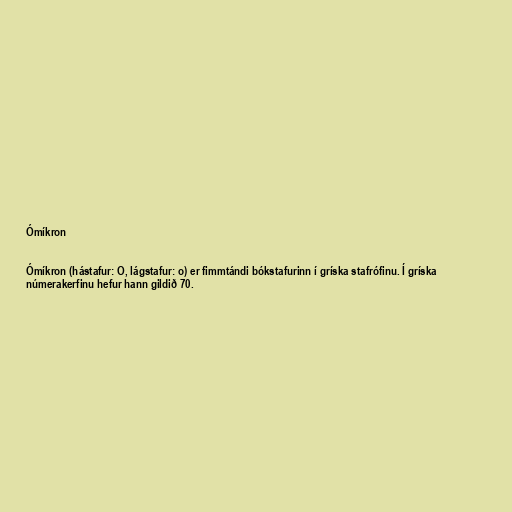
Ómíkron

Ómíkron (hástafur: Ο, lágstafur: ο) er fimmtándi bókstafurinn í gríska stafrófinu. Í gríska
númerakerfinu hefur hann gildið 70.